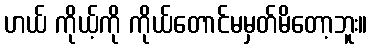
ဟယ် ကိုယ့်ကို ကိုယ်တောင်မမှတ်မိတော့ဘူး။